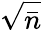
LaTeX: \sqrt{\bar{n}}